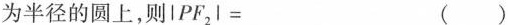
为半径的圆上，则IPF_{2}I= ()